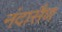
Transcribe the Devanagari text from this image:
नंदासैण